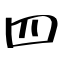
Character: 四